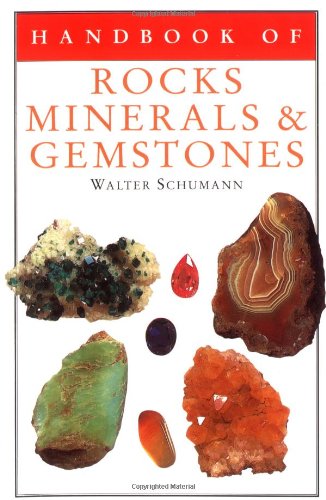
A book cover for Handbook of Rocks, Minerals, and Gemstones; Walter Schumann Dr.; Science & Math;